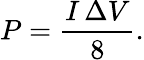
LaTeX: P=\frac{I\, \Delta V}{8}.